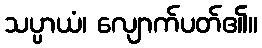
သပ္ပာယံ၊ လျောက်ပတ်၏။